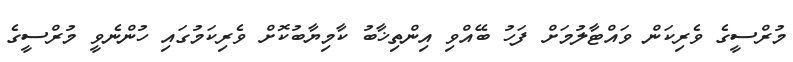
މުރްސީގެ ވެރިކަން ވައްޓާލުމަށް ފަހު ބޭއްވި އިންތިޚާބު ކާމިޔާބުކޮށް ވެރިކަމުގައި ހުންނެވީ މުރްސީގެ